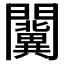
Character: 𨷨